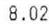
8.02